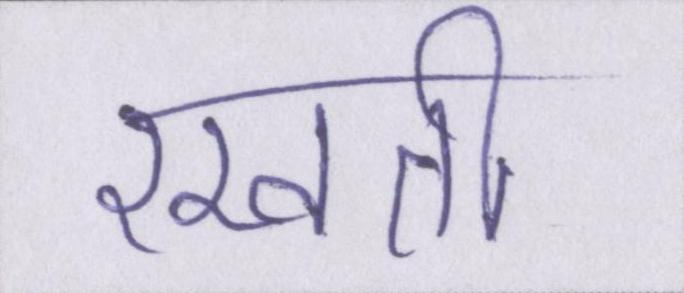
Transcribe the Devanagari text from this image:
रखती